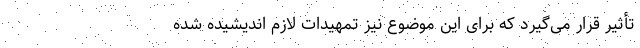
تأثیر قرار می‌گیرد که برای این موضوع نیز تمهیدات لازم اندیشیده شده